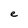
Character: e